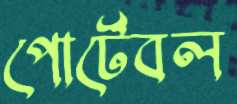
পোর্টেবল